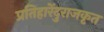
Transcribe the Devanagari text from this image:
प्रतिहारेंदुराजकृत